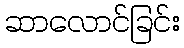
ဆာလောင်ခြင်း